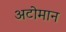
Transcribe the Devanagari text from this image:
अटोमान